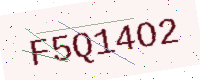
Text: F5Q14O2